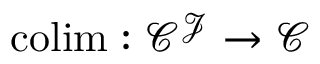
\operatorname { c o l i m } : { \mathcal { C } } ^ { \mathcal { J } } \to { \mathcal { C } }